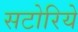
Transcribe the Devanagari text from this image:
सटोरिये